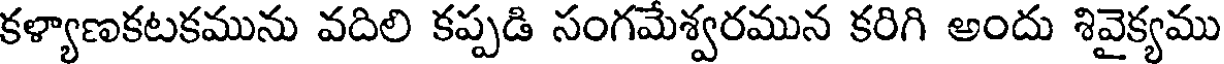
కళ్యాణకటకమును వదిలి కప్పడి సంగమేశ్వరమున కరిగి అందు శివైక్యము